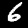
Digit: 6